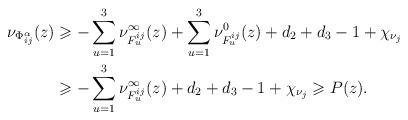
LaTeX: \begin{align*}\nu_{\Phi^\alpha_{ij}}(z)&\geqslant -\sum_{u=1}^3 \nu^{\infty}_{F_u^{ij}}(z)+\sum_{u=1}^3\nu^0_{F_u^{ij}}(z)+d_2+d_3-1+\chi_{\nu_j}\\&\geqslant -\sum_{u=1}^3 \nu^{\infty}_{F_u^{ij}}(z)+d_2+d_3-1+\chi_{\nu_j}\geqslant P(z).\end{align*}